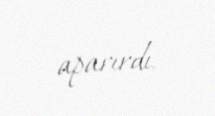
aparırdı.